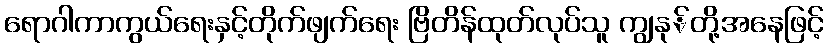
ရောဂါကာကွယ်ရေးနှင့်တိုက်ဖျက်ရေး ဗြိတိန်ထုတ်လုပ်သူ ကျွနု်တို့အနေဖြင့်